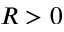
R > 0